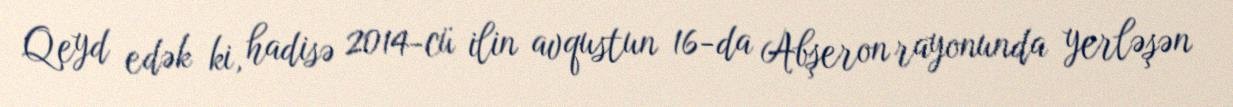
Qeyd edək ki, hadisə 2014-cü ilin avqustun 16-da Abşeron rayonunda yerləşən